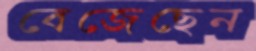
বেজেছেন